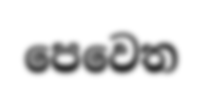
පෙවෙත